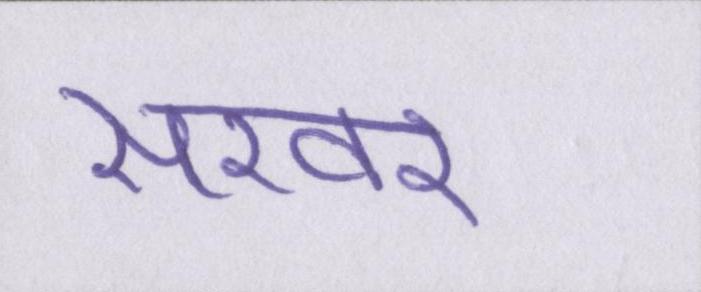
सरवर